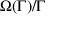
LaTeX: \Omega ( \Gamma ) / \Gamma